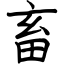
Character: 畜